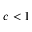
c < 1